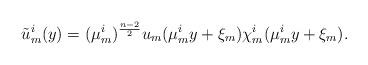
LaTeX: \begin{align*}\tilde{u}_m^i(y)=(\mu_m^i)^{\frac{n-2}{2}}u_m(\mu_m^iy+\xi_m)\chi_m^i(\mu_m^iy+\xi_m).\end{align*}